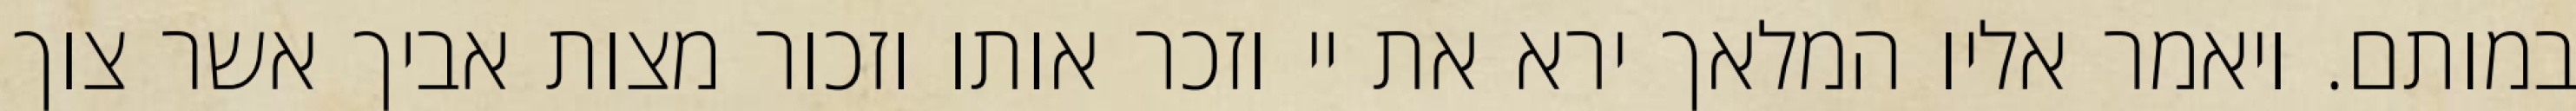
במותם. ויאמר אליו המלאך ירא את יי וזכר אותו וזכור מצות אביך אשר צוך